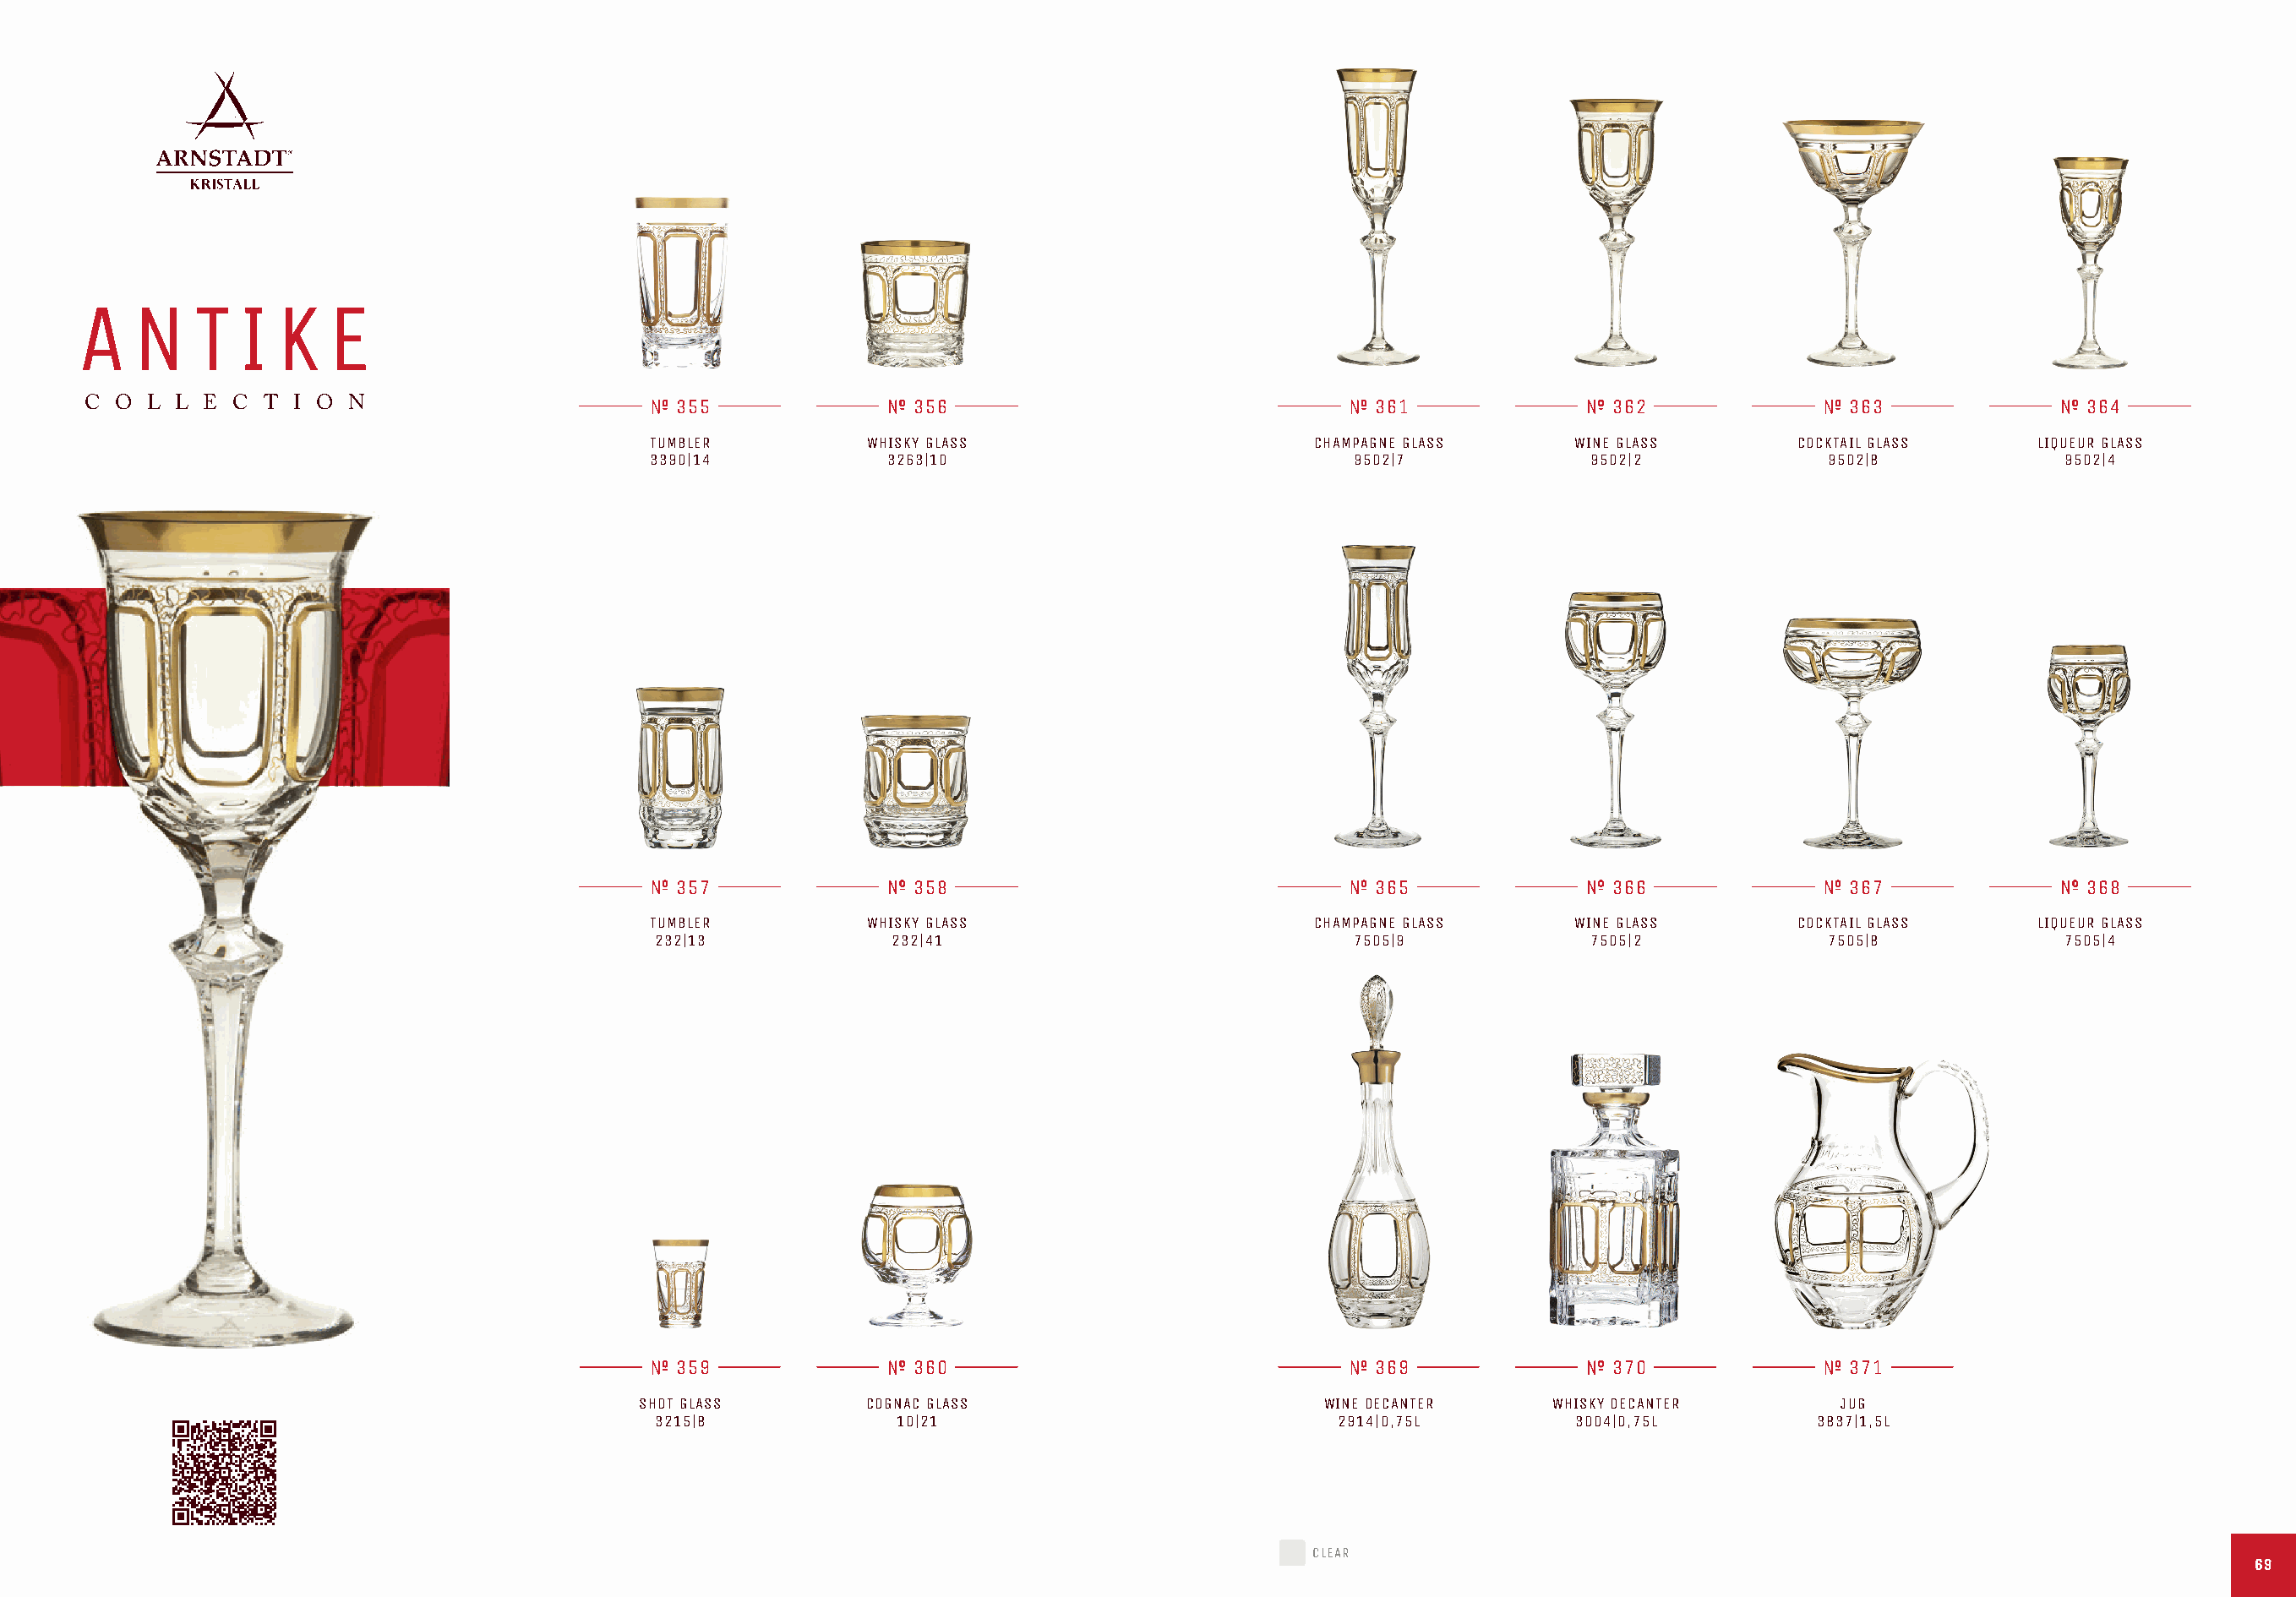
A   N    T   I  K   E
 C O  L L E C  T I O N                         355                356                                 361               362                363               364
 TUMBLER          WHISKY GLASS                       CHAMPAGNE GLASS     WINE GLASS        COCKTAIL GLASS     LIQUEUR GLASS
 3390|14           3263|10                              9502|7             9502|2            9502|8             9502|4
 357                358                                 365               366                367               368
 TUMBLER          WHISKY GLASS                       CHAMPAGNE GLASS     WINE GLASS        COCKTAIL GLASS     LIQUEUR GLASS
 232|13             232|41                              7505|9             7505|2            7505|8             7505|4
 359                360                                 369               370                371
 SHOT GLASS        COGNAC GLASS                        WINE DECANTER     WHISKY DECANTER       JUG
 3215|8             10|21                              2914|0,75L        3004|0,75L         3837|1,5L
 CLEAR
 6699